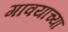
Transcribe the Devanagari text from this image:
गावयाच्या